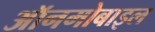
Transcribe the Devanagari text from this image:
ऑनमोबाइल